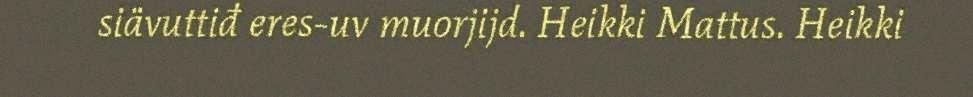
siävuttiđ eres-uv muorjijd. Heikki Mattus. Heikki